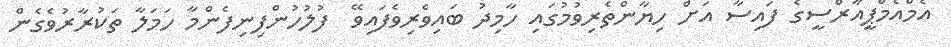
އެމްއެމްޕީއާރްސީގެ ފައިސާ އަށް ހިޔާންތެރިވުމުގައި ހާމިދު ބައިވެރިވެފައިވޭ  ފުލުހުންފިނިފެންމާ ހަމަލާ ތަކުރާރުވެގެން